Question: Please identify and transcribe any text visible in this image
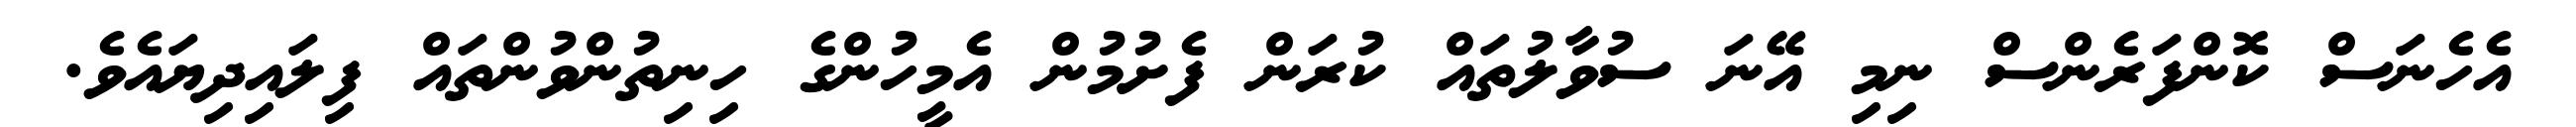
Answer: އެހެނަސް ކޮންފަރެންސް ނިމި އޭނަ ސުވާލުތައް ކުރަން ފެށުމުން އެމީހުންގެ ހިނިތުންވުންތައް ފިލައިދިޔައެވެ.